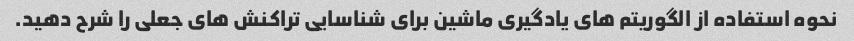
نحوه استفاده از الگوریتم های یادگیری ماشین برای شناسایی تراکنش های جعلی را شرح دهید.